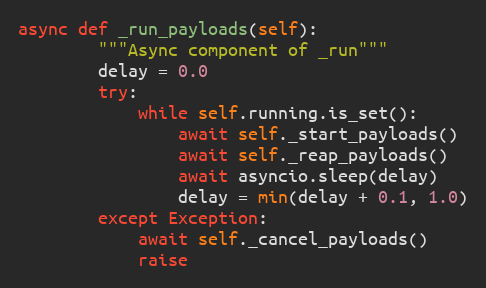
Language: Python
async def _run_payloads(self):
        """Async component of _run"""
        delay = 0.0
        try:
            while self.running.is_set():
                await self._start_payloads()
                await self._reap_payloads()
                await asyncio.sleep(delay)
                delay = min(delay + 0.1, 1.0)
        except Exception:
            await self._cancel_payloads()
            raise